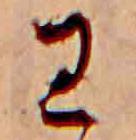
王